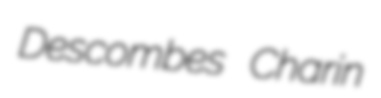
Descombes Charin